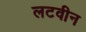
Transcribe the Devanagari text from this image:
लटवीन